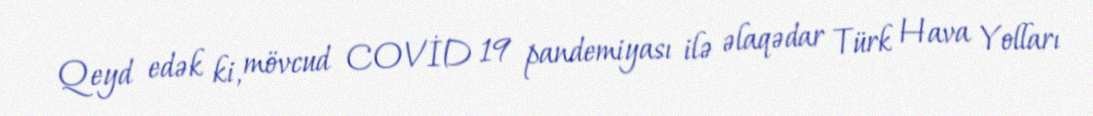
Qeyd edək ki, mövcud COVİD 19 pandemiyası ilə əlaqədar Türk Hava Yolları